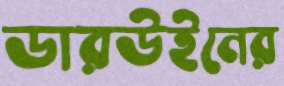
ডারউইনের